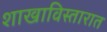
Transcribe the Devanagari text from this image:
शाखाविस्तारात